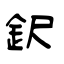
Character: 鈬